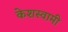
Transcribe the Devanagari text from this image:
केशस्वामी